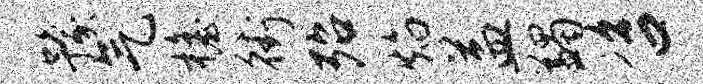
豫气檐街殆焰益蠲咨